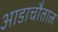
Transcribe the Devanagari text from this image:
आडाचौताल